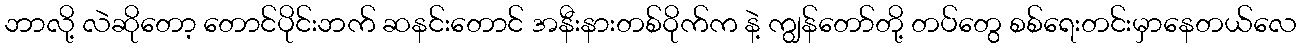
ဘာလို့ လဲဆိုတော့ တောင်ပိုင်းဘက် ဆနင်းတောင် အနီးနားတစ်ဝိုက်က နဲ့ ကျွန်တော်တို့ တပ်တွေ စစ်ရေးတင်းမှာနေတယ်လေ